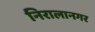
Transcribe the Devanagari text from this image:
निरालानगर